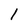
Character: 1